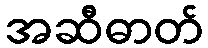
အဆီဓာတ်